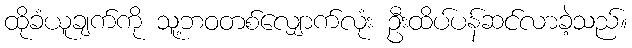
ထိုခံယူချက်ကို သူ့ဘဝတစ်လျှောက်လုံး ဦးထိပ်ပန်ဆင်လာခဲ့သည်။